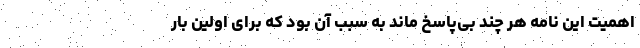
اهمیت این نامه هر چند بی‌پاسخ ماند به سبب آن بود که برای اولین بار